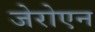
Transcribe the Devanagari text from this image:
जेरोएन